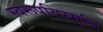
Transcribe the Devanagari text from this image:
स्वरूपविस्मृति